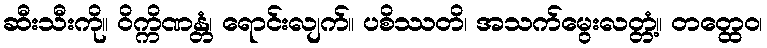
ဆီးသီးကို။ ဝိက္ကိဏန္တံ၊ ရောင်းလျက်။ ပစိဿတိ၊ အသက်မွေးလတ္တံ့။ တတ္ထေဝ၊